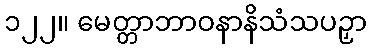
၁၂၂။ မေတ္တာဘာဝနာနိသံသပဉှာ